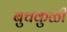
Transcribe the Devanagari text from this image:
बुचकुळी